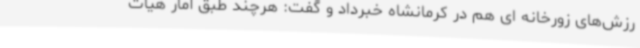
رزش‌های زورخانه ای هم در کرمانشاه خبرداد و گفت: هرچند طبق آمار هیات